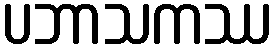
ပဘာသကဿ